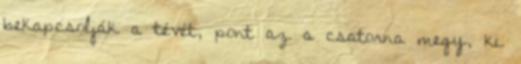
bekapcsolják a tévét, pont az a csatorna megy, ki